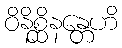
ဝိနိစ္ဆိနန္တေဟိ